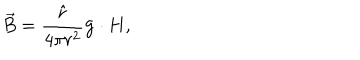
\vec { B } = { \frac { \hat { r } } { 4 \pi r ^ { 2 } } } { \bf g \cdot H } ,